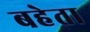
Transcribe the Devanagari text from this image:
बहेता